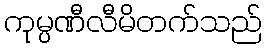
ကုမ္ပဏီလီမိတက်သည်